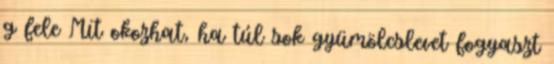
g fele Mit okozhat, ha túl sok gyümölcslevet fogyaszt